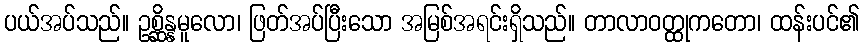
ပယ်အပ်သည်။ ဥစ္ဆိန္နမူလော၊ ဖြတ်အပ်ပြီးသော အမြစ်အရင်းရှိသည်။ တာလာဝတ္ထုကတော၊ ထန်းပင်၏